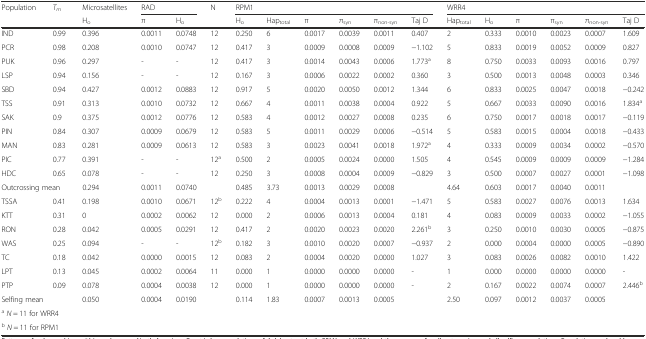
<table><thead><tr><td><b>Population</b></td><td><b><i>T</i><sub><i>m</i></sub></b></td><td><b>Microsatellites</b></td><td colspan="2"><b>RAD</b></td><td><b>N</b></td><td colspan="6"><b>RPM1</b></td><td colspan="6"><b>WRR4</b></td></tr><tr><td></td><td></td><td><b>H<sub>o</sub></b></td><td><b>π</b></td><td><b>H<sub>o</sub></b></td><td></td><td><b>H<sub>o</sub></b></td><td><b>Hap<sub>total</sub></b></td><td><b>π</b></td><td><b>π<sub>syn</sub></b></td><td><b>π<sub>non-syn</sub></b></td><td><b>Taj D</b></td><td><b>Hap<sub>total</sub></b></td><td><b>H<sub>o</sub></b></td><td><b>π</b></td><td><b>π<sub>syn</sub></b></td><td><b>π<sub>non-syn</sub></b></td><td><b>Taj D</b></td></tr></thead><tbody><tr><td>IND</td><td>0.99</td><td>0.396</td><td>0.0011</td><td>0.0748</td><td>12</td><td>0.250</td><td>6</td><td>0.0017</td><td>0.0039</td><td>0.0011</td><td>0.407</td><td>2</td><td>0.333</td><td>0.0010</td><td>0.0023</td><td>0.0007</td><td>1.609</td></tr><tr><td>PCR</td><td>0.98</td><td>0.208</td><td>0.0010</td><td>0.0747</td><td>12</td><td>0.417</td><td>3</td><td>0.0009</td><td>0.0008</td><td>0.0009</td><td>−1.102</td><td>5</td><td>0.833</td><td>0.0019</td><td>0.0052</td><td>0.0009</td><td>0.827</td></tr><tr><td>PUK</td><td>0.96</td><td>0.297</td><td>-</td><td>-</td><td>12</td><td>0.417</td><td>3</td><td>0.0014</td><td>0.0043</td><td>0.0006</td><td>1.773<sup>a</sup></td><td>8</td><td>0.750</td><td>0.0033</td><td>0.0093</td><td>0.0016</td><td>0.797</td></tr><tr><td>LSP</td><td>0.94</td><td>0.156</td><td>-</td><td>-</td><td>12</td><td>0.167</td><td>3</td><td>0.0006</td><td>0.0022</td><td>0.0002</td><td>0.360</td><td>3</td><td>0.500</td><td>0.0013</td><td>0.0048</td><td>0.0003</td><td>0.346</td></tr><tr><td>SBD</td><td>0.94</td><td>0.427</td><td>0.0012</td><td>0.0883</td><td>12</td><td>0.917</td><td>5</td><td>0.0020</td><td>0.0050</td><td>0.0012</td><td>1.344</td><td>6</td><td>0.833</td><td>0.0025</td><td>0.0047</td><td>0.0018</td><td>−0.242</td></tr><tr><td>TSS</td><td>0.91</td><td>0.313</td><td>0.0010</td><td>0.0732</td><td>12</td><td>0.667</td><td>4</td><td>0.0011</td><td>0.0038</td><td>0.0004</td><td>0.922</td><td>5</td><td>0.667</td><td>0.0033</td><td>0.0090</td><td>0.0016</td><td>1.834<sup>a</sup></td></tr><tr><td>SAK</td><td>0.9</td><td>0.375</td><td>0.0012</td><td>0.0776</td><td>12</td><td>0.583</td><td>4</td><td>0.0012</td><td>0.0027</td><td>0.0008</td><td>0.235</td><td>6</td><td>0.750</td><td>0.0017</td><td>0.0018</td><td>0.0017</td><td>−0.119</td></tr><tr><td>PIN</td><td>0.84</td><td>0.307</td><td>0.0009</td><td>0.0679</td><td>12</td><td>0.583</td><td>5</td><td>0.0011</td><td>0.0029</td><td>0.0006</td><td>−0.514</td><td>5</td><td>0.583</td><td>0.0015</td><td>0.0004</td><td>0.0018</td><td>−0.433</td></tr><tr><td>MAN</td><td>0.83</td><td>0.281</td><td>0.0009</td><td>0.0613</td><td>12</td><td>0.583</td><td>3</td><td>0.0023</td><td>0.0041</td><td>0.0018</td><td>1.972<sup>a</sup></td><td>4</td><td>0.333</td><td>0.0009</td><td>0.0034</td><td>0.0002</td><td>−0.570</td></tr><tr><td>PIC</td><td>0.77</td><td>0.391</td><td>-</td><td>-</td><td>12<sup>a</sup></td><td>0.500</td><td>2</td><td>0.0005</td><td>0.0024</td><td>0.0000</td><td>1.505</td><td>4</td><td>0.545</td><td>0.0009</td><td>0.0009</td><td>0.0009</td><td>−1.284</td></tr><tr><td>HDC</td><td>0.65</td><td>0.078</td><td>-</td><td>-</td><td>12</td><td>0.250</td><td>3</td><td>0.0008</td><td>0.0004</td><td>0.0009</td><td>−0.829</td><td>3</td><td>0.500</td><td>0.0007</td><td>0.0027</td><td>0.0001</td><td>−1.098</td></tr><tr><td colspan="2">Outcrossing mean</td><td>0.294</td><td>0.0011</td><td>0.0740</td><td></td><td>0.485</td><td>3.73</td><td>0.0013</td><td>0.0029</td><td>0.0008</td><td></td><td>4.64</td><td>0.603</td><td>0.0017</td><td>0.0040</td><td>0.0011</td><td></td></tr><tr><td>TSSA</td><td>0.41</td><td>0.198</td><td>0.0010</td><td>0.0671</td><td>12<sup>b</sup></td><td>0.222</td><td>4</td><td>0.0004</td><td>0.0013</td><td>0.0001</td><td>−1.471</td><td>5</td><td>0.583</td><td>0.0027</td><td>0.0076</td><td>0.0013</td><td>1.634</td></tr><tr><td>KTT</td><td>0.31</td><td>0</td><td>0.0002</td><td>0.0062</td><td>12</td><td>0.000</td><td>2</td><td>0.0006</td><td>0.0013</td><td>0.0004</td><td>0.181</td><td>4</td><td>0.083</td><td>0.0009</td><td>0.0033</td><td>0.0002</td><td>−1.055</td></tr><tr><td>RON</td><td>0.28</td><td>0.042</td><td>0.0005</td><td>0.0291</td><td>12</td><td>0.417</td><td>2</td><td>0.0020</td><td>0.0023</td><td>0.0020</td><td>2.261<sup>b</sup></td><td>3</td><td>0.250</td><td>0.0010</td><td>0.0030</td><td>0.0005</td><td>−0.875</td></tr><tr><td>WAS</td><td>0.25</td><td>0.094</td><td>-</td><td>-</td><td>12<sup>b</sup></td><td>0.182</td><td>3</td><td>0.0010</td><td>0.0020</td><td>0.0007</td><td>−0.937</td><td>2</td><td>0.000</td><td>0.0004</td><td>0.0000</td><td>0.0005</td><td>−0.890</td></tr><tr><td>TC</td><td>0.18</td><td>0.042</td><td>0.0000</td><td>0.0015</td><td>12</td><td>0.083</td><td>2</td><td>0.0004</td><td>0.0020</td><td>0.0000</td><td>1.027</td><td>3</td><td>0.083</td><td>0.0026</td><td>0.0082</td><td>0.0010</td><td>1.422</td></tr><tr><td>LPT</td><td>0.13</td><td>0.045</td><td>0.0002</td><td>0.0064</td><td>11</td><td>0.000</td><td>1</td><td>0.0000</td><td>0.0000</td><td>0.0000</td><td>-</td><td>1</td><td>0.000</td><td>0.0000</td><td>0.0000</td><td>0.0000</td><td>-</td></tr><tr><td>PTP</td><td>0.09</td><td>0.078</td><td>0.0004</td><td>0.0038</td><td>12</td><td>0.000</td><td>1</td><td>0.0000</td><td>0.0000</td><td>0.0000</td><td>-</td><td>2</td><td>0.167</td><td>0.0022</td><td>0.0074</td><td>0.0007</td><td>2.446<sup>b</sup></td></tr><tr><td colspan="2">Selfing mean</td><td>0.050</td><td>0.0004</td><td>0.0190</td><td></td><td>0.114</td><td>1.83</td><td>0.0007</td><td>0.0013</td><td>0.0005</td><td></td><td>2.50</td><td>0.097</td><td>0.0012</td><td>0.0037</td><td>0.0005</td><td></td></tr><tr><td colspan="2"><sup>a</sup><i>N</i> = 11 for WRR4</td><td></td><td></td><td></td><td></td><td></td><td></td><td></td><td></td><td></td><td></td><td></td><td></td><td></td><td></td><td></td><td></td></tr><tr><td colspan="2"><sup>b</sup><i>N</i> = 11 for RPM1</td><td></td><td></td><td></td><td></td><td></td><td></td><td></td><td></td><td></td><td></td><td></td><td></td><td></td><td></td><td></td><td></td></tr></tbody></table>